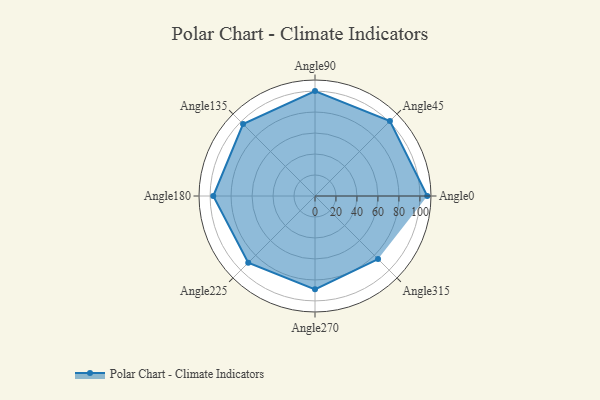
{"axis": {"x": "Angle", "y": "Radius"}, "legend": [""], "data": [{"x": "Angle0", "y": 107.0, "type": ""}, {"x": "Angle45", "y": 101.0, "type": ""}, {"x": "Angle90", "y": 100.0, "type": ""}, {"x": "Angle135", "y": 97.0, "type": ""}, {"x": "Angle180", "y": 97.0, "type": ""}, {"x": "Angle225", "y": 90.0, "type": ""}, {"x": "Angle270", "y": 89.0, "type": ""}, {"x": "Angle315", "y": 85.0, "type": ""}]}